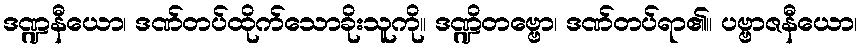
ဒဏ္ဍနီယော၊ ဒဏ်တပ်ထိုက်သောခိုးသူကို။ ဒဏ္ဍိတဗ္ဗော၊ ဒဏ်တပ်ရာ၏။ ပဗ္ဗာဇနီယော၊